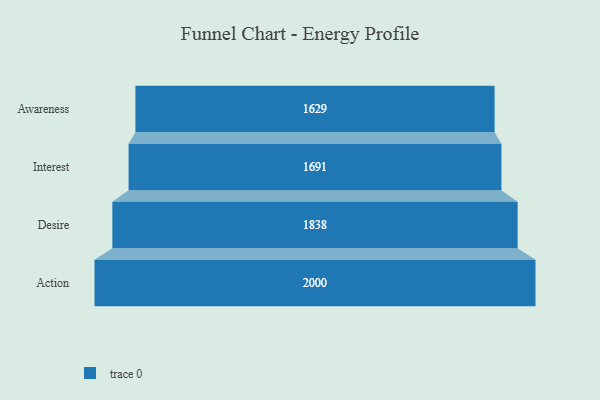
{"axis": {"x": "Stage", "y": "Value"}, "legend": [""], "data": [{"x": "Awareness", "y": 1629.0, "type": ""}, {"x": "Interest", "y": 1691.0, "type": ""}, {"x": "Desire", "y": 1838.0, "type": ""}, {"x": "Action", "y": 2000, "type": ""}]}